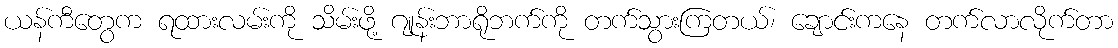
ယန်ကီတွေက ရထားလမ်းကို သိမ်းဖို့ ဂျုန်းဘာရိုဘက်ကို တက်သွားကြတယ်၊ ချောင်းကနေ တက်လာလိုက်တာ